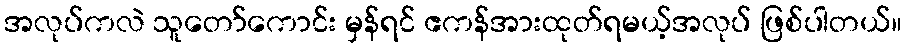
အလုပ်ကလဲ သူတော်ကောင်း မှန်ရင် ဧကန်အားထုတ်ရမယ့်အလုပ် ဖြစ်ပါတယ်။